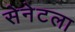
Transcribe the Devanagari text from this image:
सेनेटला